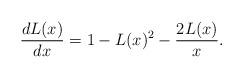
LaTeX: \begin{align*}\frac{d L(x)}{dx}= 1- L(x)^2-\frac{2L(x)}{x} .\end{align*}